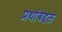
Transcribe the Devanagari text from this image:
प्रथांबद्दल